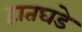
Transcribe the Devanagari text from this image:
हातघडे